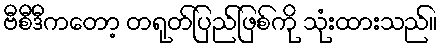
ဗီစီဒီကတော့ တရုတ်ပြည်ဖြစ်ကို သုံးထားသည်။